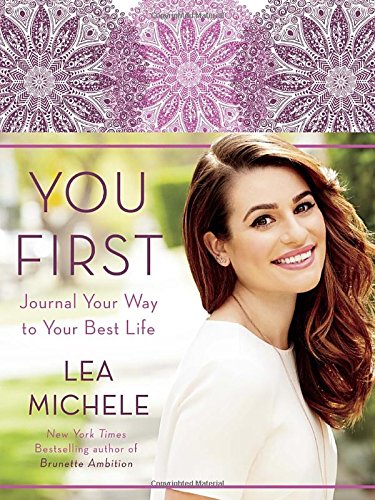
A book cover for You First: Journal Your Way to Your Best Life; Lea Michele; Self-Help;